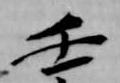
壬